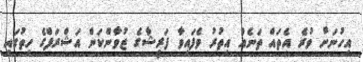
އިހުނަށް ވުރެ އެތައް ތަނެއް އިތުރު ވެފައިވާ ފަރީޝާގެ ޒުވާންކަން އަޝްރަފްގެ ހިތުގައި